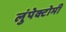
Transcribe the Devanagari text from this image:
लुंपेक्टोमी